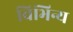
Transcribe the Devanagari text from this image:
विभिन्य